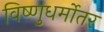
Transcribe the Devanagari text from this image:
विष्णुधर्मोतर